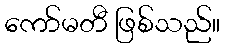
ကော်မတီ ဖြစ်သည်။